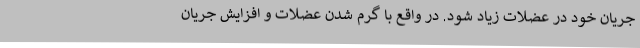
جریان خود در عضلات زیاد شود. در واقع با گرم شدن عضلات و افزایش جریان